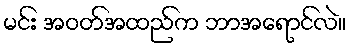
မင်း အဝတ်အထည်က ဘာအရောင်လဲ။